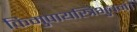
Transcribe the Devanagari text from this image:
किमुपायस्त्रिभुवनं।